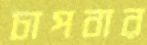
চাপবার